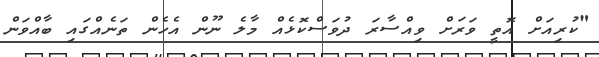
"ކުރިއަށް އޮތީ ވަރަށް ވިއްސާރަ ދުވަސްކޮޅެއް މާލެ ނޫން އެހެން ތަނެއްގައި ބާއްވަން